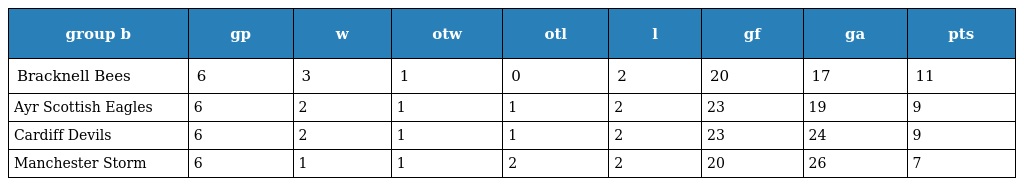
| group b | gp | w | otw | otl | l | gf | ga | pts |
 | --- | --- | --- | --- | --- | --- | --- | --- | --- |
 | Bracknell Bees | 6 | 3 | 1 | 0 | 2 | 20 | 17 | 11 |
 | Ayr Scottish Eagles | 6 | 2 | 1 | 1 | 2 | 23 | 19 | 9 |
 | Cardiff Devils | 6 | 2 | 1 | 1 | 2 | 23 | 24 | 9 |
 | Manchester Storm | 6 | 1 | 1 | 2 | 2 | 20 | 26 | 7 |